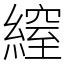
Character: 𦄔